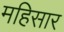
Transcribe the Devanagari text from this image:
महिसार